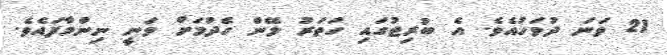
21 ވަނަ ދުވަހުއެވެ. އެ ބުރިޖުގައި ހަތަރު ލޭން ހެދުމަށް ވަނީ ނިންމާފައެވެ.